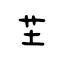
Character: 芏